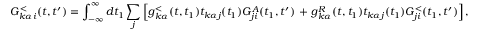
G _ { k \alpha i } ^ { < } ( t , t ^ { \prime } ) = \int _ { - \infty } ^ { \infty } d t _ { 1 } \sum _ { j } \left[ g _ { k \alpha } ^ { < } ( t , t _ { 1 } ) t _ { k \alpha j } ( t _ { 1 } ) G _ { j i } ^ { A } ( t _ { 1 } , t ^ { \prime } ) \right. + \left. g _ { k \alpha } ^ { R } ( t , t _ { 1 } ) t _ { k \alpha j } ( t _ { 1 } ) G _ { j i } ^ { < } ( t _ { 1 } , t ^ { \prime } ) \right] ,